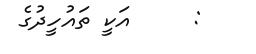
:     އަކީ ތައުހީދުގެ